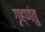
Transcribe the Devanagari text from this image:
गृह्णंतु